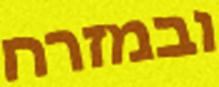
ובמזרח